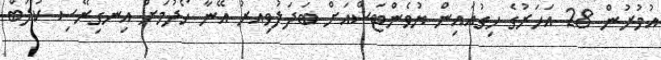
އުމުރުން 28 އަހަރުގެ ހިގުއައިން ޔުވެންޓަސްއަށް ބަދަލުވިއރު އޭނާ ހޯދުމަށް އިނގިރޭސި ކުލަބް